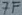
Text: 7F